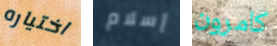
اختياره إسلام كامرون